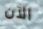
الآن